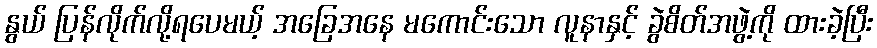
နွယ် ပြန်လိုက်လို့ရပေမယ့် အခြေအနေ မကောင်းသော လူနာနှင့် ခွဲစိတ်အဖွဲ့ကို ထားခဲ့ပြီး